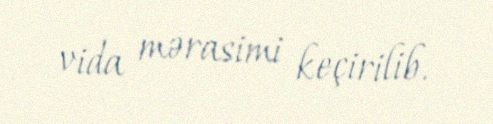
vida mərasimi keçirilib.